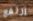
إرتفع